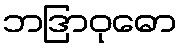
ဘဒြာဝုဓော